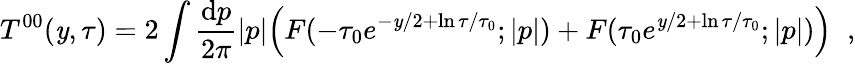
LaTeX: T^{00}(\mathit{y},\tau)=2\int\frac{{\mathrm{{d}}p}}{{2\pi}}|p|{\displaystyle\Bigl(F(-\tau_{0}e^{-\mathit{y}/2+\ln\tau/\tau_{0}};|p|)+F(\tau_{0}e^{\mathit{y}/2+\ln\tau/\tau_{0}};|p|)\Bigr)}\; \; ,